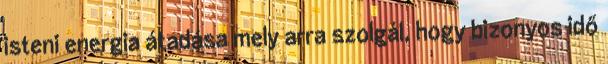
isteni energia átadása mely arra szolgál, hogy bizonyos idő